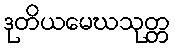
ဒုတိယမေဃသုတ္တ